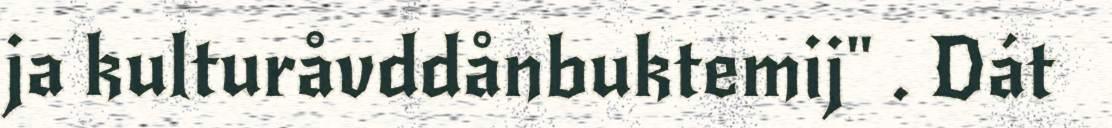
ja kulturåvddånbuktemij" . Dát